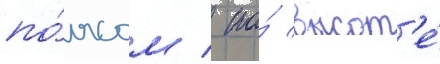
по́ясом / по́ высот'е́